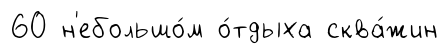
60 н'ебольшо́м о́тдыха сква́жин